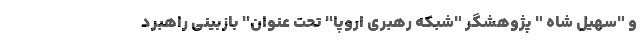
و "سهیل شاه " پژوهشگر "شبکه رهبری اروپا" تحت عنوان" بازبینی راهبرد